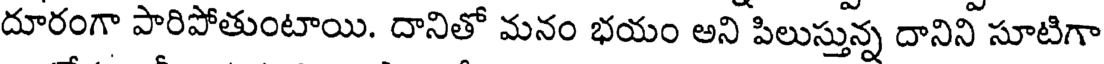
దూరంగా పారిపోతుంటాయి. దానితో మనం భయం అని పిలుస్తున్న దానిని సూటిగా